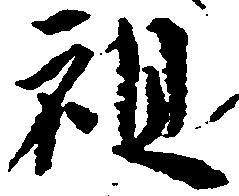
祖